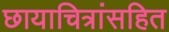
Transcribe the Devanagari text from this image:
छायाचित्रांसहित